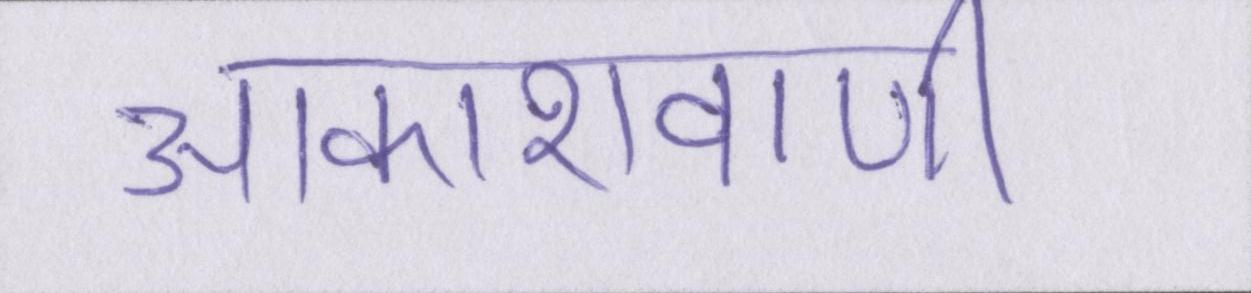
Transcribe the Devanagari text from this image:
आकाशवाणी